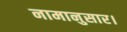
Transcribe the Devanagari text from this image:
नामानुसार।